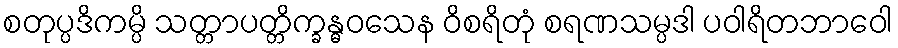
စတုပ္ပဒိကမ္ပိ သတ္တာပတ္တိက္ခန္ဓဝသေန ဝိစရိတုံ စရဏသမ္ပဒါ ပဝါရိတဘာဝေါ